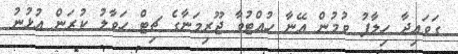
ގަވައިދާ ހިލާފު ވުމުން އޭނާ ހުއްޓުވާ ޖޫރިމަނާގެ ޗިޓް ހަވާލު ކުރަން އުޅުނު